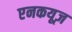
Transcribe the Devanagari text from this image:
एनकयूज़